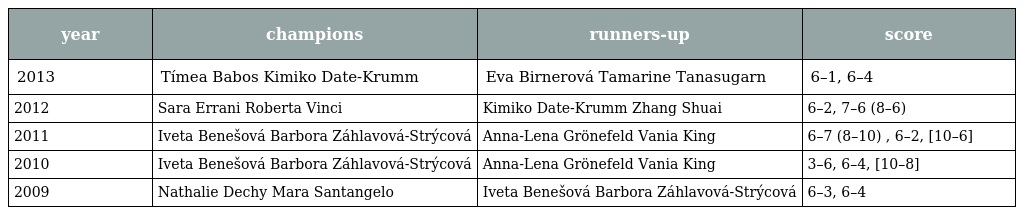
| year | champions | runners-up | score |
 | --- | --- | --- | --- |
 | 2013 | Tímea Babos Kimiko Date-Krumm | Eva Birnerová Tamarine Tanasugarn | 6–1, 6–4 |
 | 2012 | Sara Errani Roberta Vinci | Kimiko Date-Krumm Zhang Shuai | 6–2, 7–6 (8–6) |
 | 2011 | Iveta Benešová Barbora Záhlavová-Strýcová | Anna-Lena Grönefeld Vania King | 6–7 (8–10) , 6–2, [10–6] |
 | 2010 | Iveta Benešová Barbora Záhlavová-Strýcová | Anna-Lena Grönefeld Vania King | 3–6, 6–4, [10–8] |
 | 2009 | Nathalie Dechy Mara Santangelo | Iveta Benešová Barbora Záhlavová-Strýcová | 6–3, 6–4 |